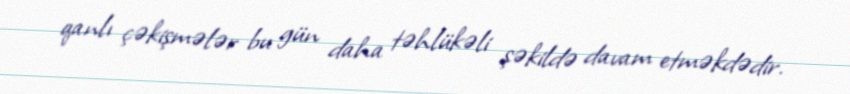
qanlı çəkişmələr bu gün daha təhlükəli şəkildə davam etməkdədir.